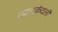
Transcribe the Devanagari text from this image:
न्यायकंदली